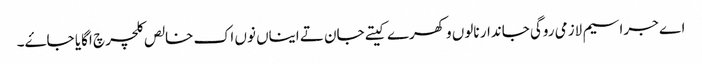
اے جراسیم لازمی روگی جاندار نالوں وکھرے کیتے جان تے ایناں نوں اک خالص کلچر چ اگایا جاۓ۔